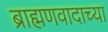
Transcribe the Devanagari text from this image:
ब्राह्मणवादाच्या